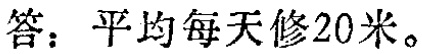
答：平均每天修20米。